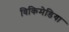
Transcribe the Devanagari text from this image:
विकिमेडिया